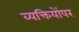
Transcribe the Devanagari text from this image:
व्यक्तियोंपर